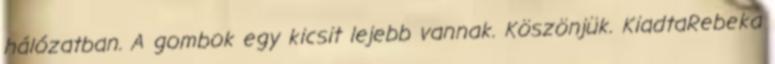
hálózatban. A gombok egy kicsit lejebb vannak. Köszönjük. KiadtaRebeka